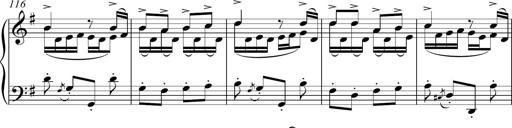
Title: Sonatina del HuÃ©car
Composer: JosÃ© Miguel Moreno Sabio